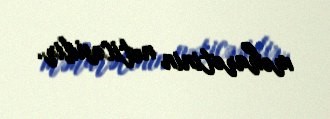
məharətinin nəticəsidir.